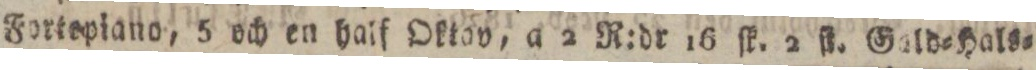
Fortepiano, 5 och en half Oktav, a 2 R:dr 16 ſk. 2 ſt. Gald=Hals=